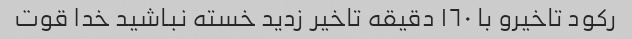
رکود تاخیرو با ١٦٠ دقیقه تاخیر زدید خسته نباشید خدا قوت